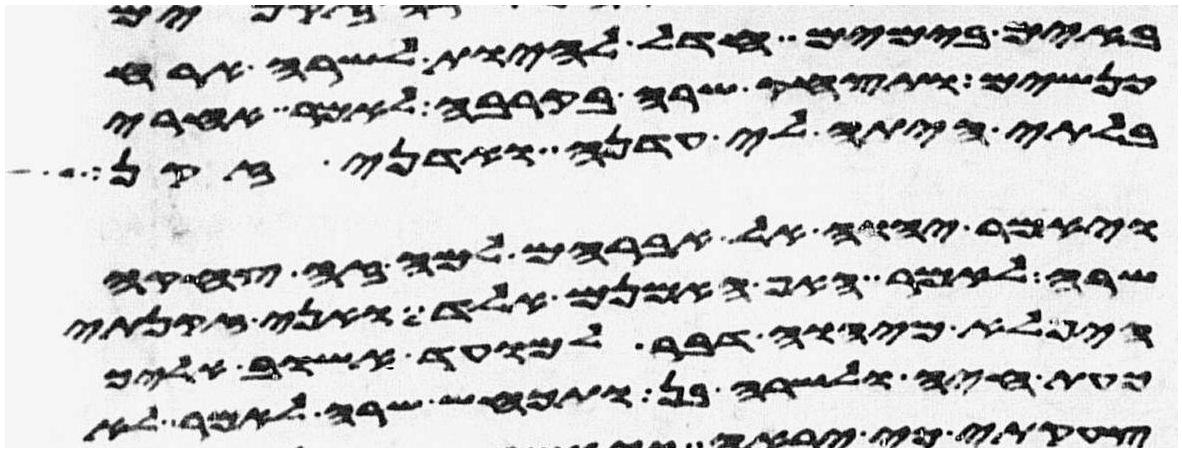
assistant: באים בימים חדל להיות לשרה ארח
כנשים ותצחק שרה בקרבה לאמר אחרי
בלתי היתה לי עדנה ואדני זקן
ויאמר יהוה אל אברהם למה זה צחקה
שרה לאמר האף אמנם אלד ואני זקנתי
היפלא מיהוה דבר למועד אשוב אליך
כעת חיה ולשרה בן ותכחש שרה לאמר לא